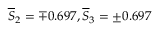
\overline { { S } } _ { 2 } = \mp 0 . 6 9 7 , \overline { { S } } _ { 3 } = \pm 0 . 6 9 7